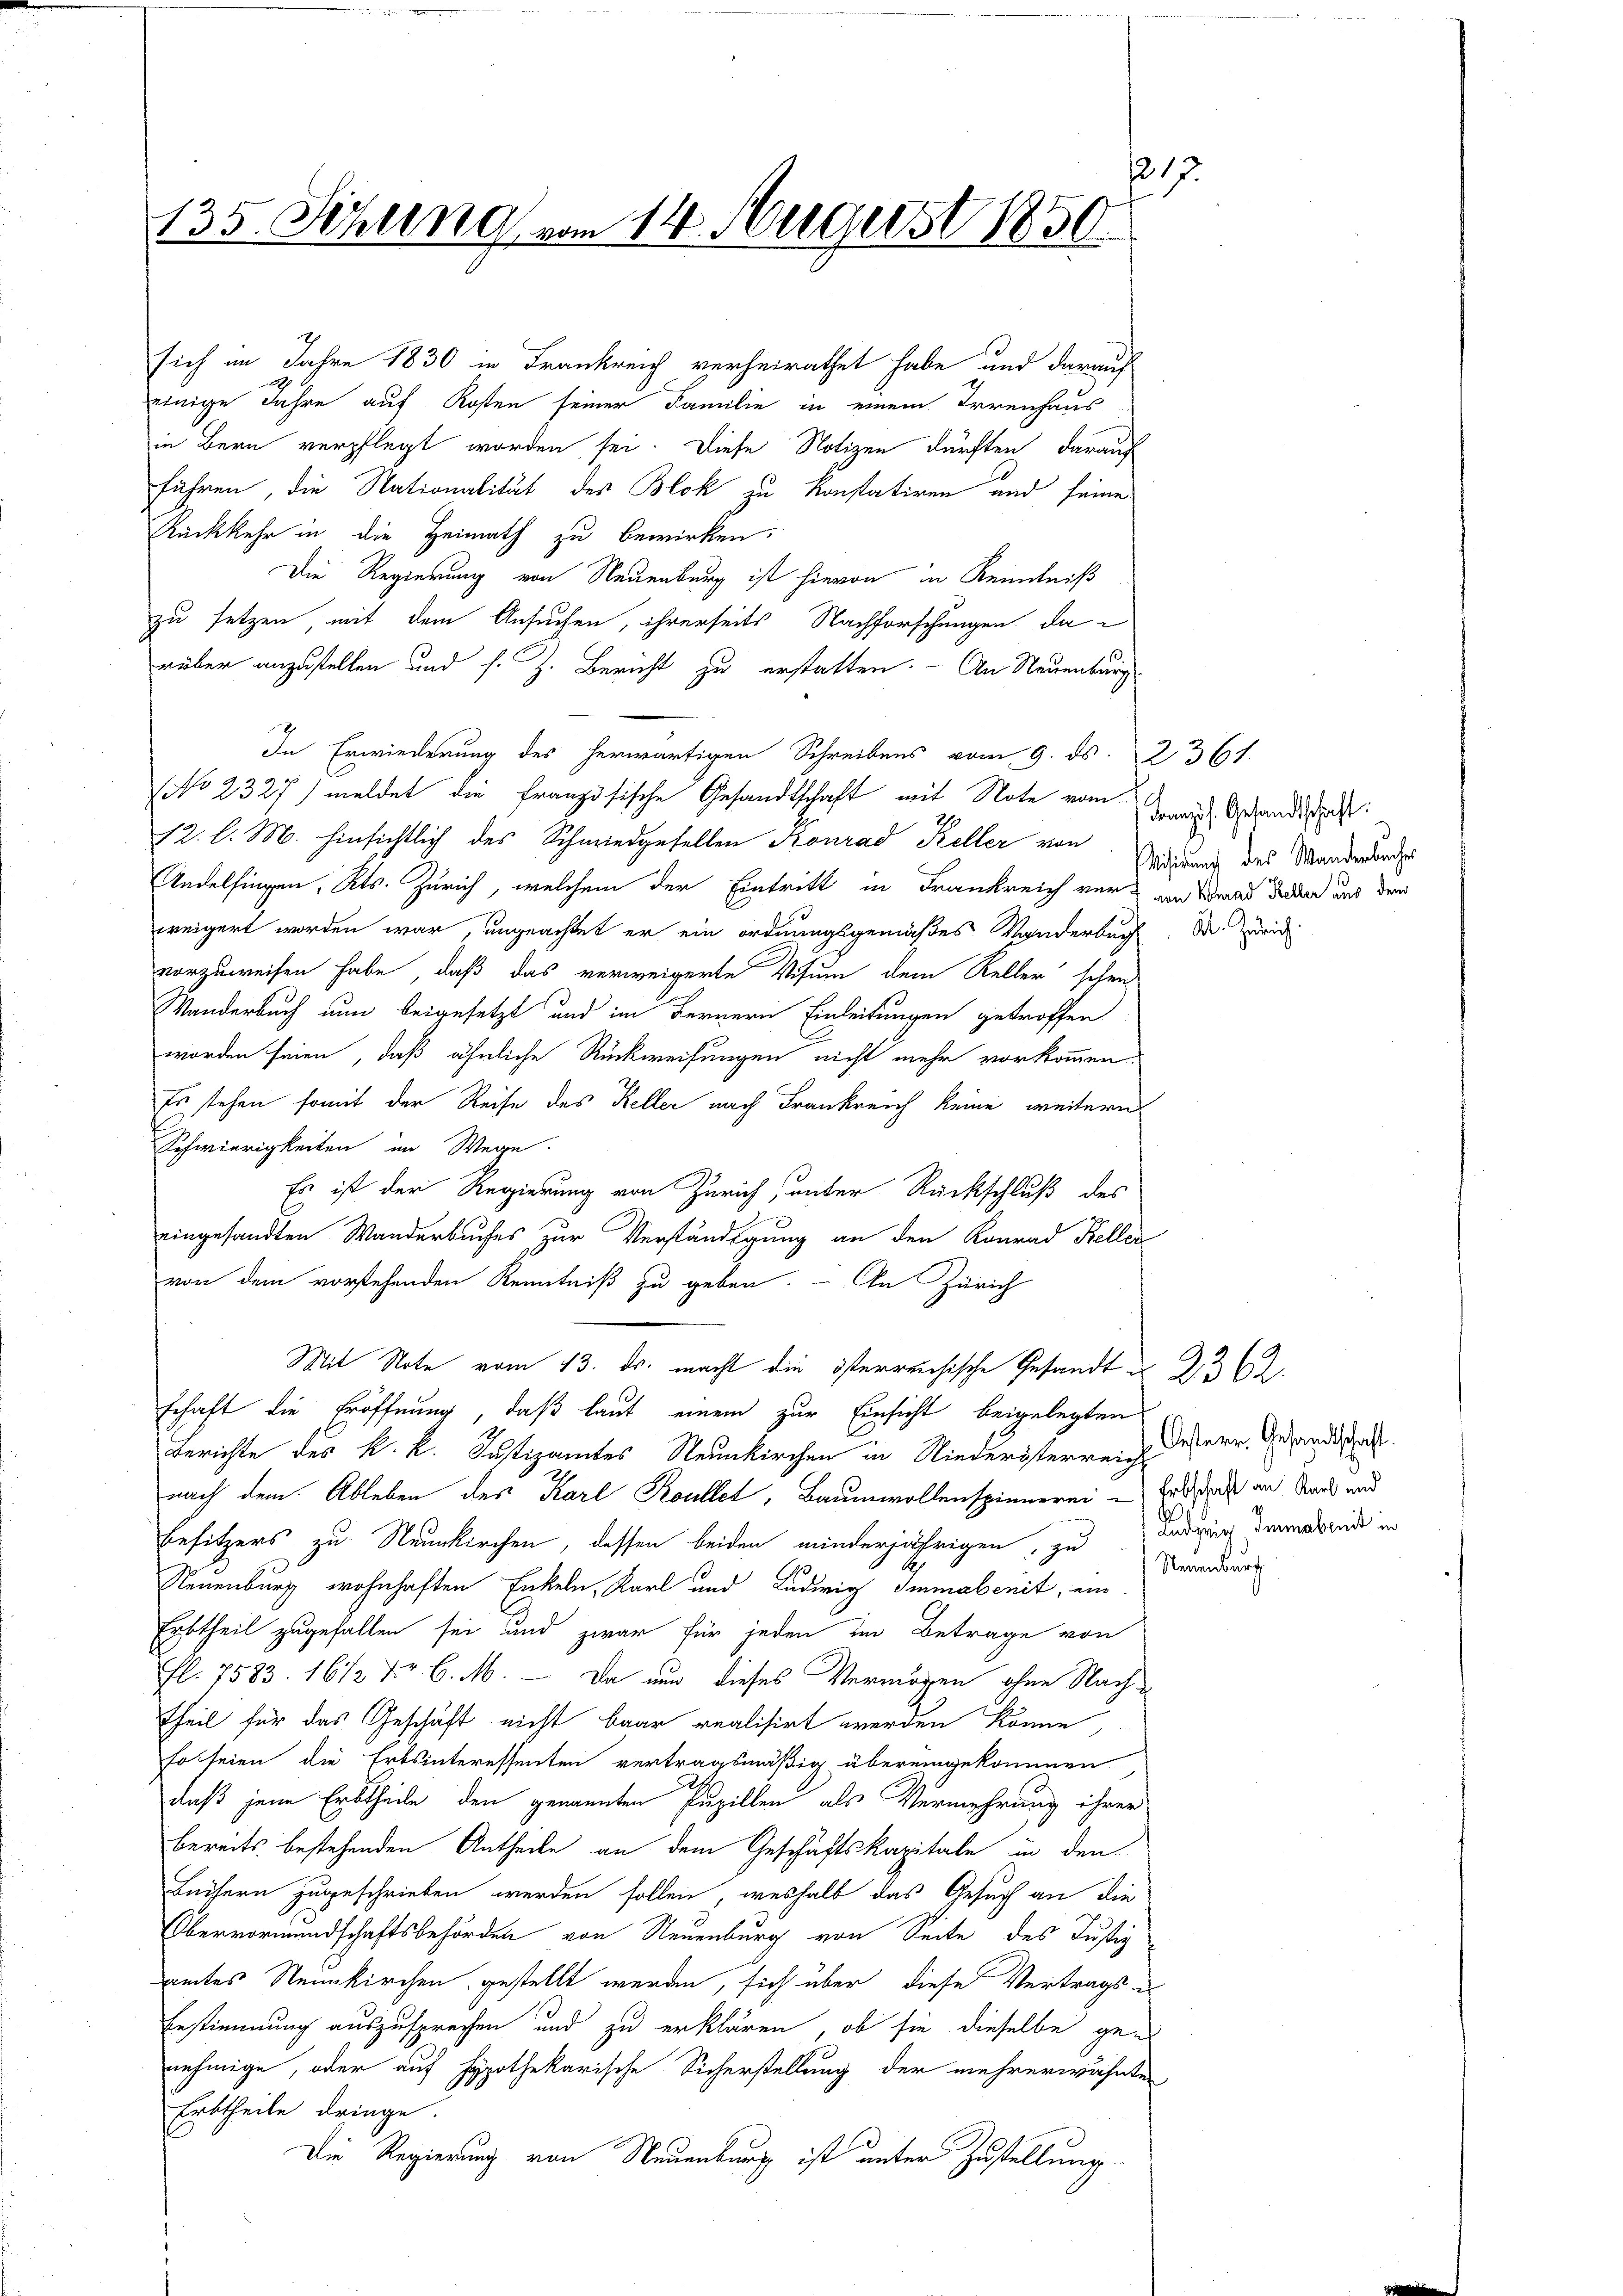
117.
135. Sitzung vom 14. August 1850.

einige Jahre auf Kosten seiner Familie in einem Irrenhaus
in Bern verpflegt worden sei. Diese Notizen dürften, darauf
führen, die Nationalität der Blok zu konstatiren und seine
Rückkehr in die Heimath zu bewirken.
Die Regierung von Neuenburg ist hievon in Kenntniß
zu setzen mit dem Ansuchen, ihrerseits Nachforschungen da
rüber anzustellen und s. Z. Bericht zu erstatten. - An Neuenburg
In Erwiederung des herwärtigen Schreibens vom 9. ds. 2361.
No 2327) meldet die französische Gesandtschaft mit Note vom
12. l. M. hinsichtlich des Schmiedgesellen Konrad Keller von
Andelfingen, Kts. Zürich, welchem der Eintritt in Frankreich vor an Grad daher aus dem
weigert worden war, ungeachtet er ein ordnungsgemäßes Wanderbach
vorzuweisen habe, daß das verweigerte Visum dem Keller schen
Wanderbuch nun beigesetzt und im Fernern Einleitungen getroffen
worden seien, daß ähnliche Rückweisungen nicht mehr vorkommen
Es stehen somit der Reise des Keller nach Frankreich keine weitern
Schwierigkeiten im Wege.
Es ist der Regierung von Zürich, unter Rückschluß des
eingesandten Wanderbuches zur Verständigung an den Konrad Kellen
von dem vorstehenden Kenntniß zu geben. – An Zürich
Mit Note vom 13. ds. macht die österreichische Gesandt u. 236.
schaft die Eröffnung, daß laut einem zur Einsicht beigelegten
Berichte des k. k. Justizamtes Neunkirchen in Niederösterreich
nach dem Ableben des Karl Koullet, Baumwollenspinnerei – Es das an Karl und
Besitzers zu Neunkirchen, dessen beiden minderjährigen, zu Brandung
Neuenburg wohnhaften Enkeln, Karl und Ludwig Immabenit, ein
Erbtheil zugefallen sei und zwar für jeden im Betrage von
fl. 7583. 1612 Fr. 6. M. – Da und dieses Vermögen ohne Nach-
Theil für das Geschäft nicht baar realisirt werden könne,
so seien die Erbsinteressenten vertragsmäßig übereingekommen
daß jene Erbtheile den genannten Pupillen als Vermehrung ihrer
bereits bestehenden Antheile an dem Geschäftskapitale in den
Beitern zugeschrieben werden sollen, weshalb das Gesuch an die
Obervormundschaftsbehörden von Neuenburg von Seite des Justiz
amtes Neunkirchen gestellt werden, sich über diese Vertrags
Erstimmung auszusprechen und zu erklären, ob sie dieselbe genehmige, oder auf Hypothekarische Sicherstellung der mehrerwähnten
Erbtheile dringe.
Die Regierung von Neuenburg ist unter Zustellung

sich im Jahre 1830 in Frankreich verheirathet habe und darauf

Französ. Gesandtschaft:
Visirung des Wanderbuches

Kt. Zürich.

Oesterr. Gesandtschaft.
Luduig Immabreit in